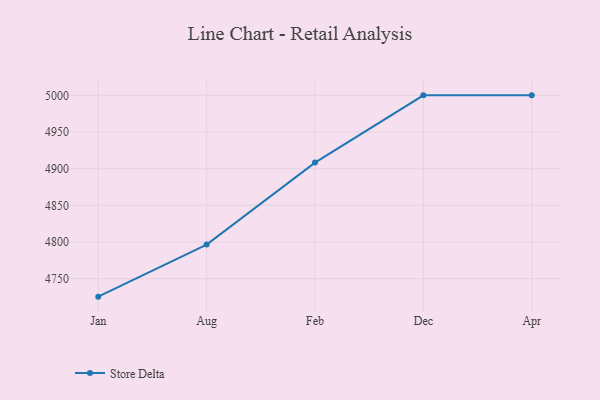
{"axis": {"x": "Month", "y": "Humidity (%)"}, "legend": ["Store Delta"], "data": [{"x": "Jan", "y": 4725.5, "type": "Store Delta"}, {"x": "Aug", "y": 4796.5, "type": "Store Delta"}, {"x": "Feb", "y": 4908.3, "type": "Store Delta"}, {"x": "Dec", "y": 5000, "type": "Store Delta"}, {"x": "Apr", "y": 5000, "type": "Store Delta"}]}